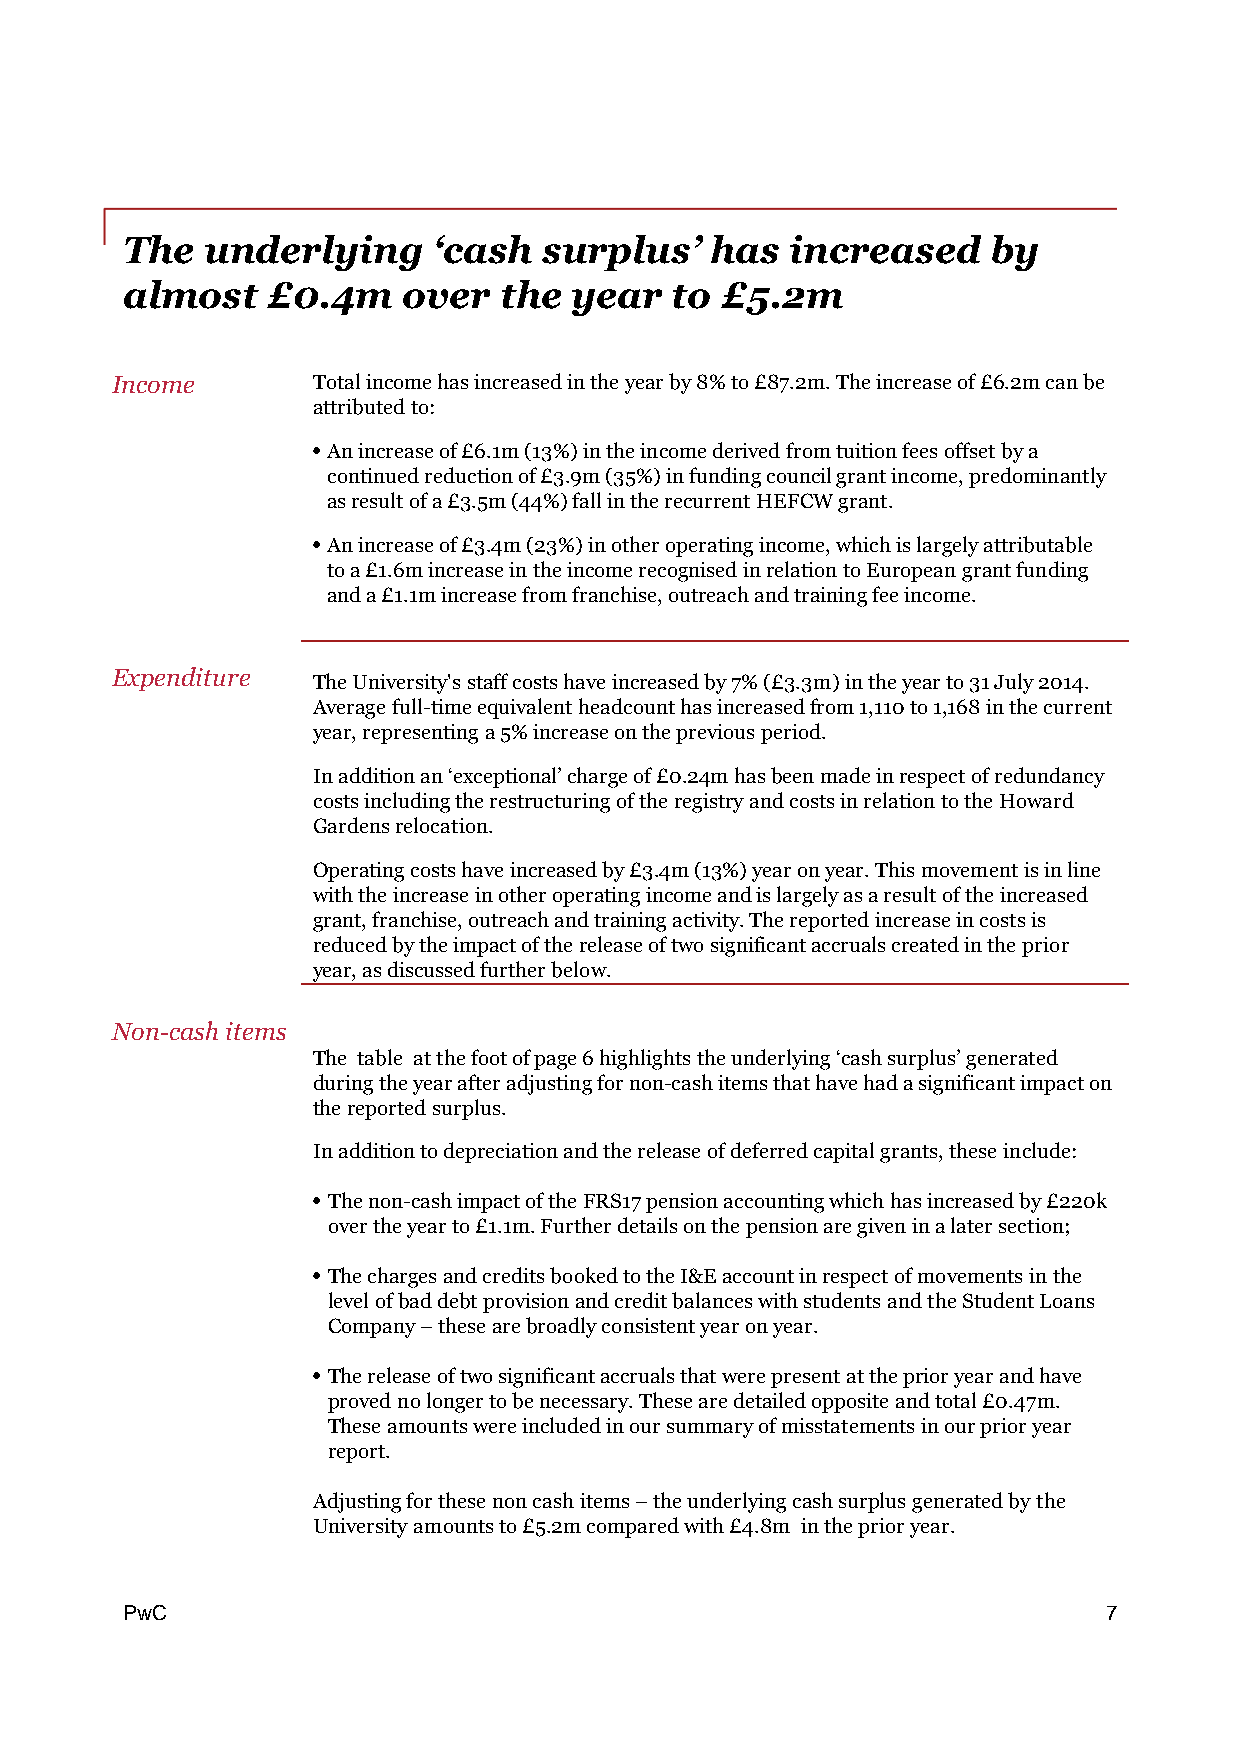
The   underlying     ‘cash  surplus’   has  increased     by
 almost    £0.4m    over  the  year   to £5.2m
 Income        Totalincomehasincreasedintheyearby8%to£87.2m.Theincreaseof£6.2mcanbe
 attributedto:
 • Anincreaseof£6.1m(13%)intheincomederivedfromtuitionfeesoffsetbya
 continuedreductionof£3.9m(35%)infundingcouncilgrantincome,predominantly
 asresultofa£3.5m(44%)fallintherecurrentHEFCWgrant.
 • Anincreaseof£3.4m(23%)inotheroperatingincome,whichislargelyattributable
 toa£1.6mincreaseintheincomerecognisedinrelationtoEuropeangrantfunding
 anda£1.1mincreasefromfranchise,outreachandtrainingfeeincome.
 Expenditure
 TheUniversity'sstaffcostshaveincreasedby7%(£3.3m)intheyearto31July2014.
 Averagefull-timeequivalentheadcounthasincreasedfrom1,110to1,168inthecurrent
 year,representinga5%increaseonthepreviousperiod.
 Inadditionan‘exceptional’chargeof£0.24mhasbeenmadeinrespectofredundancy
 costsincludingtherestructuringoftheregistryandcostsinrelationtotheHoward
 Gardensrelocation.
 Operatingcostshaveincreasedby£3.4m(13%)yearonyear.Thismovementisinline
 withtheincreaseinotheroperatingincomeandislargelyasaresultoftheincreased
 grant,franchise,outreachandtrainingactivity.Thereportedincreaseincostsis
 reducedbytheimpactofthereleaseoftwosignificantaccrualscreatedintheprior
 year,asdiscussedfurtherbelow.
 Non-cash items
 The table atthefootofpage6highlights theunderlying‘cashsurplus’generated
 duringtheyearafteradjustingfornon-cashitemsthathavehadasignificantimpacton
 thereportedsurplus.
 Inadditiontodepreciationandthereleaseofdeferredcapitalgrants,theseinclude:
 • Thenon-cashimpactoftheFRS17pensionaccountingwhichhasincreasedby£220k
 overtheyearto£1.1m.Furtherdetailsonthepensionaregiveninalatersection;
 • ThechargesandcreditsbookedtotheI&Eaccountinrespectofmovementsinthe
 levelofbaddebtprovisionandcreditbalanceswithstudentsandtheStudentLoans
 Company–thesearebroadlyconsistentyearonyear.
 • Thereleaseoftwosignificantaccrualsthatwerepresentattheprioryearandhave
 provednolongertobenecessary.Thesearedetailedoppositeandtotal£0.47m.
 Theseamountswereincludedinoursummaryofmisstatementsinourprioryear
 report.
 Adjustingforthesenoncashitems–theunderlyingcashsurplusgeneratedbythe
 Universityamountsto£5.2mcomparedwith£4.8m intheprioryear.
 PPwwCC                                                           7